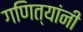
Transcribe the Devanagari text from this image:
गणित्यांनी